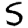
Digit: 5